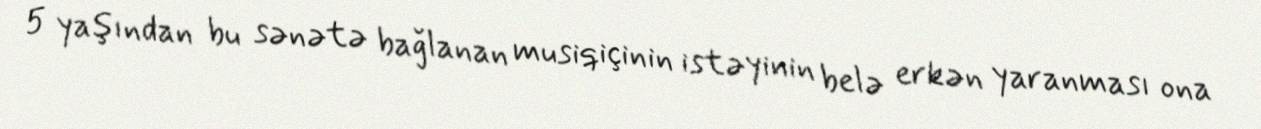
5 yaşından bu sənətə bağlanan musiqiçinin istəyinin belə erkən yaranması ona